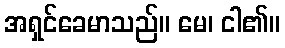
အရှင်ခေမာသည်။ မေ၊ ငါ၏။